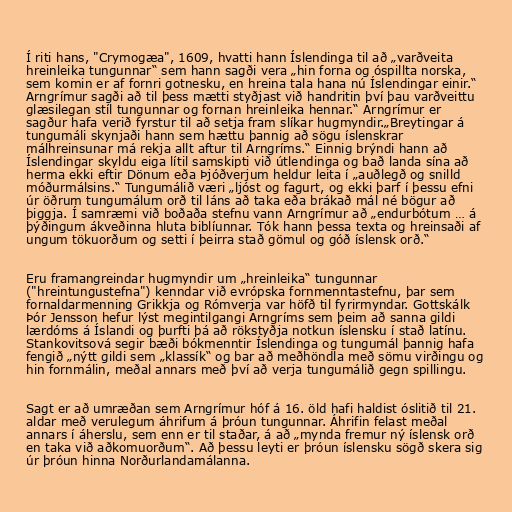
Í riti hans, "Crymogæa", 1609, hvatti hann Íslendinga til að „varðveita
hreinleika tungunnar“ sem hann sagði vera „hin forna og óspillta norska,
sem komin er af fornri gotnesku, en hreina tala hana nú Íslendingar einir.“
Arngrímur sagði að til þess mætti styðjast við handritin því þau varðveittu
glæsilegan stíl tungunnar og fornan hreinleika hennar.“ Arngrímur er
sagður hafa verið fyrstur til að setja fram slíkar hugmyndir.„Breytingar á
tungumáli skynjaði hann sem hættu þannig að sögu íslenskrar
málhreinsunar má rekja allt aftur til Arngríms.“ Einnig brýndi hann að
Íslendingar skyldu eiga lítil samskipti við útlendinga og bað landa sína að
herma ekki eftir Dönum eða Þjóðverjum heldur leita í „auðlegð og snilld
móðurmálsins.“ Tungumálið væri „ljóst og fagurt, og ekki þarf í þessu efni
úr öðrum tungumálum orð til láns að taka eða brákað mál né bögur að
þiggja. Í samræmi við boðaða stefnu vann Arngrímur að „endurbótum … á
þýðingum ákveðinna hluta biblíunnar. Tók hann þessa texta og hreinsaði af
ungum tökuorðum og setti í þeirra stað gömul og góð íslensk orð.“

Eru framangreindar hugmyndir um „hreinleika“ tungunnar
("hreintungustefna") kenndar við evrópska fornmenntastefnu, þar sem
fornaldarmenning Grikkja og Rómverja var höfð til fyrirmyndar. Gottskálk
Þór Jensson hefur lýst megintilgangi Arngríms sem þeim að sanna gildi
lærdóms á Íslandi og þurfti þá að rökstyðja notkun íslensku í stað latínu.
Stankovitsová segir bæði bókmenntir Íslendinga og tungumál þannig hafa
fengið „nýtt gildi sem „klassík“ og bar að meðhöndla með sömu virðingu og
hin fornmálin, meðal annars með því að verja tungumálið gegn spillingu.

Sagt er að umræðan sem Arngrímur hóf á 16. öld hafi haldist óslitið til 21.
aldar með verulegum áhrifum á þróun tungunnar. Áhrifin felast meðal
annars í áherslu, sem enn er til staðar, á að „mynda fremur ný íslensk orð
en taka við aðkomuorðum“. Að þessu leyti er þróun íslensku sögð skera sig
úr þróun hinna Norðurlandamálanna.